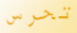
تحرس